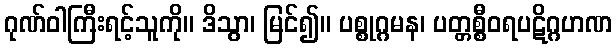
ဂုဏ်ဝါကြီးရင့်သူကို။ ဒိသွာ၊ မြင်၍။ ပစ္စုဂ္ဂမန၊ ပတ္တစ္စီဝရပဋိဂ္ဂဟဏ